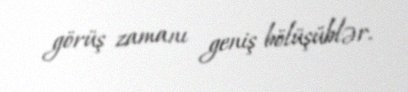
görüş zamanı geniş bölüşüblər.